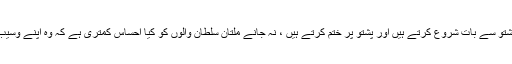
انہوں نے کہا کہ پشاور زلمی والے پشتو سے بات شروع کرتے ہیں اور پشتو پر ختم کرتے ہیں ، نہ جانے ملتان سلطان والوں کو کیا احساس کمتری ہے کہ وہ اپنے وسیب کا نام لینے سے بھی شرماتے ہیں ۔